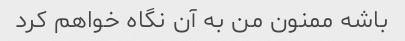
باشه ممنون من به آن نگاه خواهم کرد